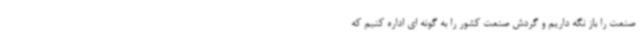
صنعت را باز نگه داریم و گردش صنعت کشور را به گونه ای اداره کنیم که